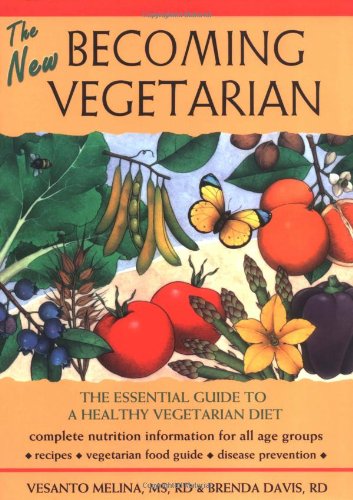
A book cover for The New Becoming Vegetarian: The Essential Guide To A Healthy Vegetarian Diet; Vesanto Melina MS RD; Health, Fitness & Dieting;